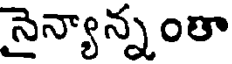
నైన్యాన్నంతా